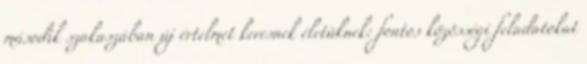
második szakaszában új értelmet keresnek életüknek: fontos közösségi feladatokat